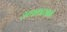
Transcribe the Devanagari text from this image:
उच्चकारबन